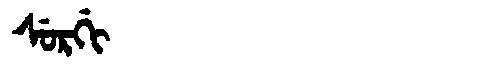
Manchu: ᠰᡠᡵᡤᡳ
Romanization: SURGI